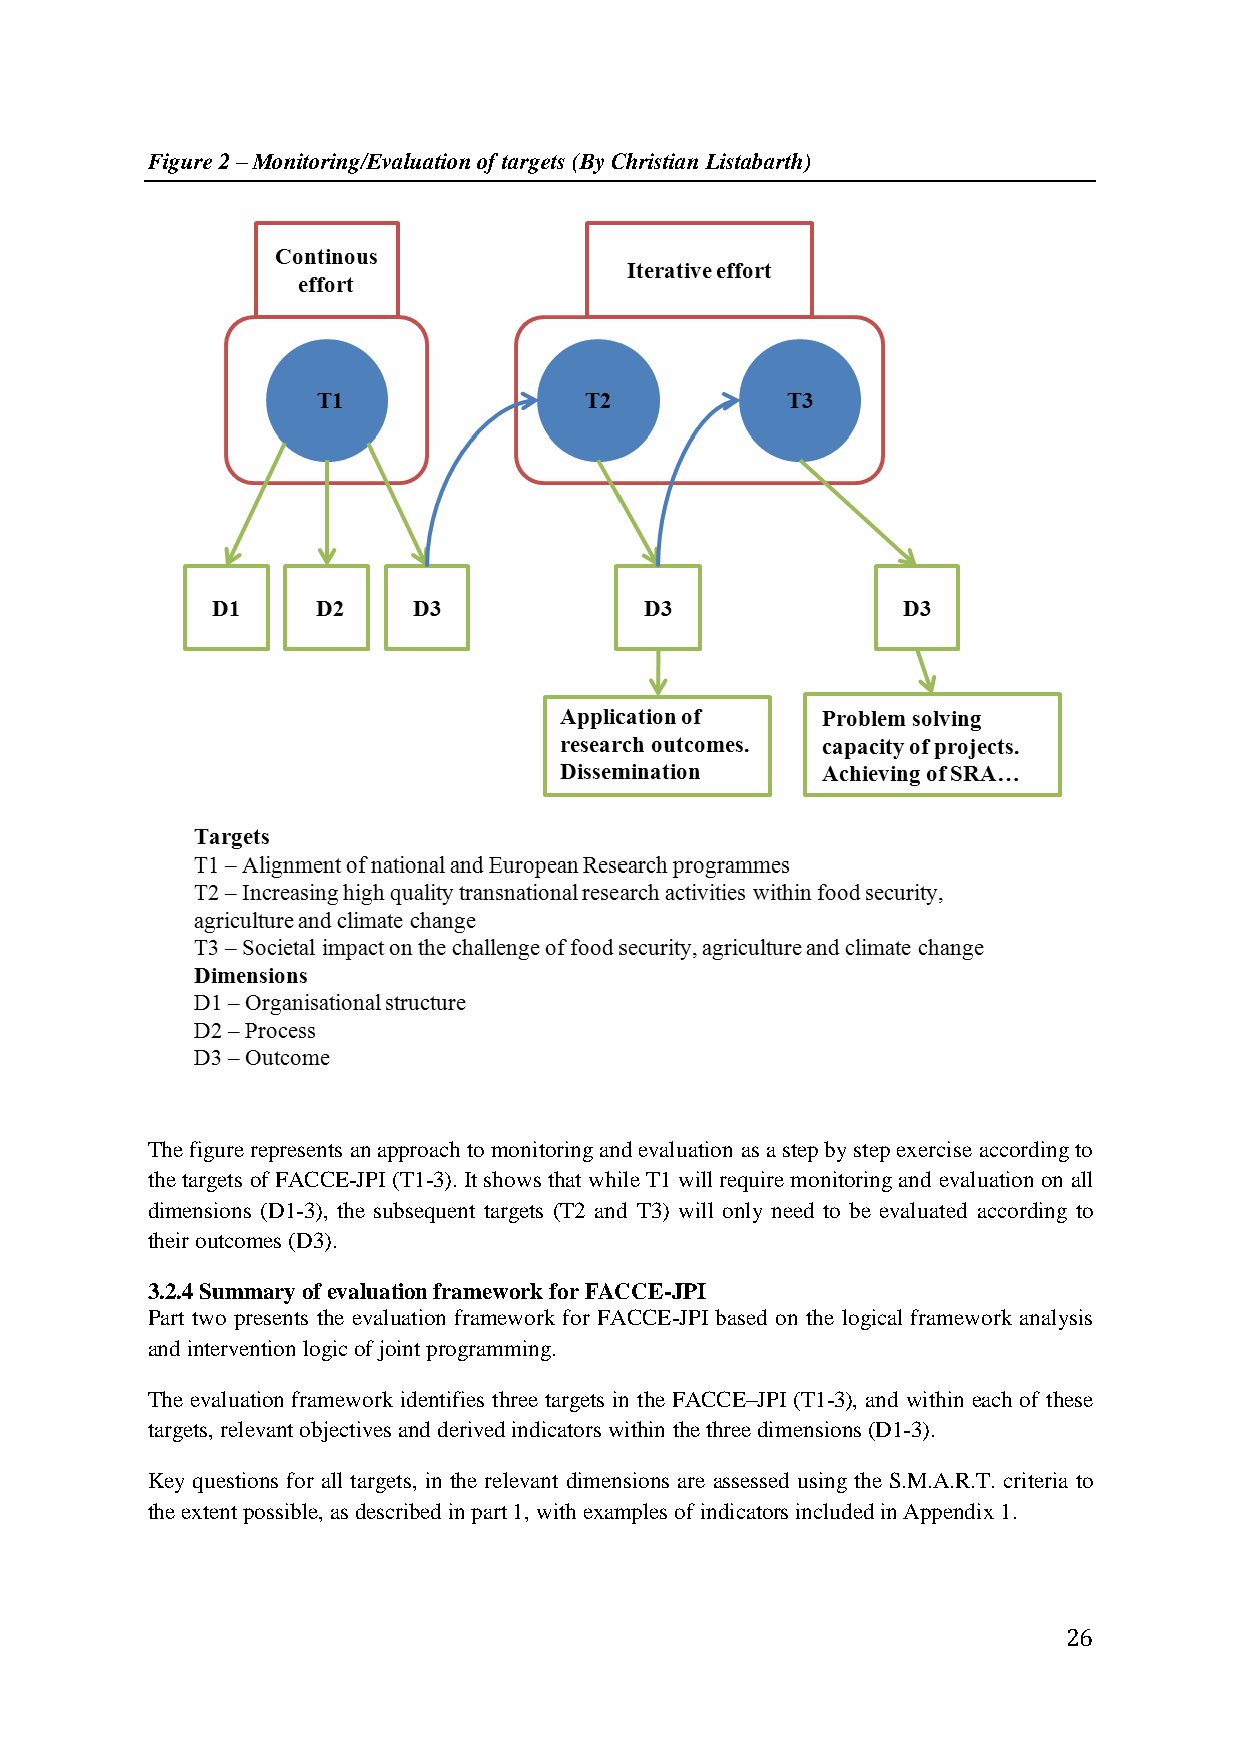
Figure 2 – Monitoring/Evaluation of targets (By Christian Listabarth)
 The figure represents an approach to monitoring and evaluation as a step by step exercise according to
 the targets of FACCE-JPI (T1-3). It shows that while T1 will require monitoring and evaluation on all
 dimensions (D1-3), the subsequent targets (T2 and T3) will only need to be evaluated according to
 their outcomes (D3).
 3.2.4 Summary of evaluation framework for FACCE-JPI
 Part two presents the evaluation framework for FACCE-JPI based on the logical framework analysis
 and intervention logic of joint programming.
 The evaluation framework identifies three targets in the FACCE–JPI (T1-3), and within each of these
 targets, relevant objectives and derived indicators within the three dimensions (D1-3).
 Key questions for all targets, in the relevant dimensions are assessed using the S.M.A.R.T. criteria to
 the extent possible, as described in part 1, with examples of indicators included in Appendix 1.
 26